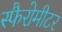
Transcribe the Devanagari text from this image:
स्फैरोमीटर